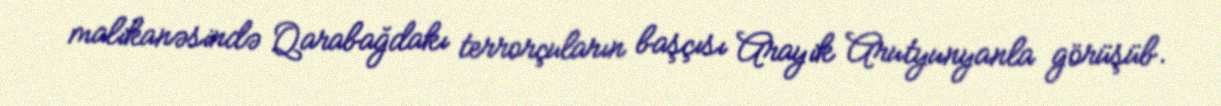
malikanəsində Qarabağdakı terrorçuların başçısı Arayik Arutyunyanla görüşüb.